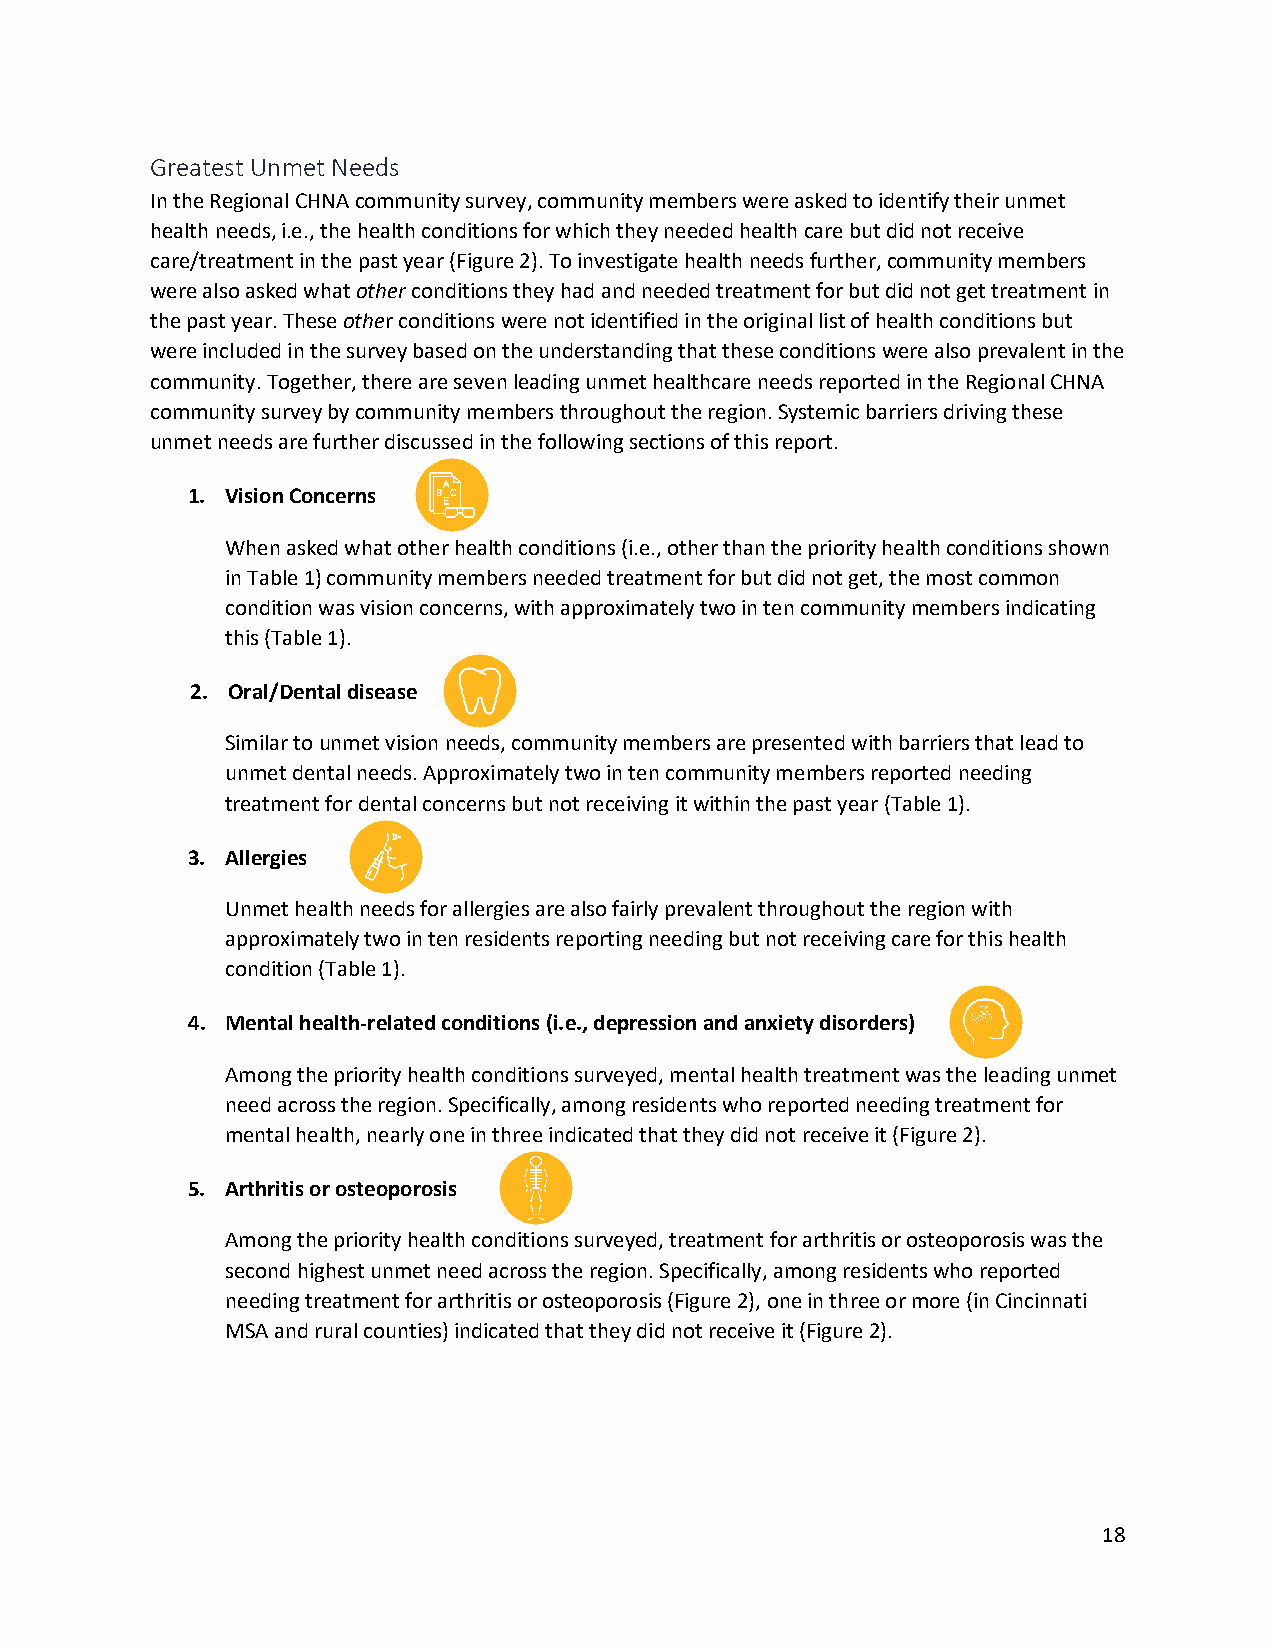
Greatest Unmet Needs
 In the Regional CHNA community survey, community members were asked to identify their unmet
 health needs, i.e., the health conditions for which they needed health care but did not receive
 care/treatment in the past year (Figure 2). To investigate health needs further, community members
 were also asked what other conditions they had and needed treatment for but did not get treatment in
 the past year. These other conditions were not identified in the original list of health conditions but
 were included in the survey based on the understanding that these conditions were also prevalent in the
 community. Together, there are seven leading unmet healthcare needs reported in the Regional CHNA
 community survey by community members throughout the region. Systemic barriers driving these
 unmet needs are further discussed in the following sections of this report.
 1. Vision Concerns
 When asked what other health conditions (i.e., other than the priority health conditions shown
 in Table 1) community members needed treatment for but did not get, the most common
 condition was vision concerns, with approximately two in ten community members indicating
 this (Table 1).
 2. Oral/Dental disease
 Similar to unmet vision needs, community members are presented with barriers that lead to
 unmet dental needs. Approximately two in ten community members reported needing
 treatment for dental concerns but not receiving it within the past year (Table 1).
 3. Allergies
 Unmet health needs for allergies are also fairly prevalent throughout the region with
 approximately two in ten residents reporting needing but not receiving care for this health
 condition (Table 1).
 4. Mental health-related conditions (i.e., depression and anxiety disorders)
 Among the priority health conditions surveyed, mental health treatment was the leading unmet
 need across the region. Specifically, among residents who reported needing treatment for
 mental health, nearly one in three indicated that they did not receive it (Figure 2).
 5. Arthritis or osteoporosis
 Among the priority health conditions surveyed, treatment for arthritis or osteoporosis was the
 second highest unmet need across the region. Specifically, among residents who reported
 needing treatment for arthritis or osteoporosis (Figure 2), one in three or more (in Cincinnati
 MSA and rural counties) indicated that they did not receive it (Figure 2).
 18